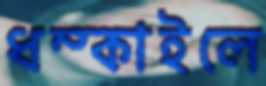
ধম্‌কাইলে